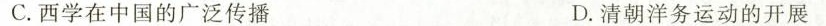
C.西学在中国的广泛传播 D.清朝洋务运动的开展